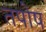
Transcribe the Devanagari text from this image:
तपोष